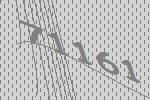
71161